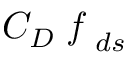
C _ { D } \emph { f } _ { d s }